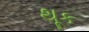
થૂક